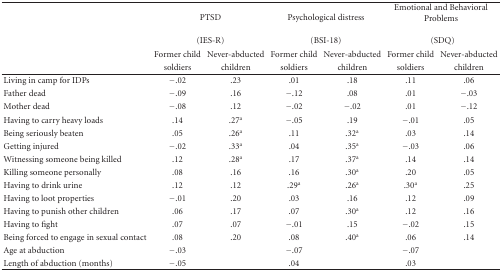
<table><thead><tr><td></td><td colspan="2"><b>PTSD</b></td><td colspan="2"><b>Psychological distress</b></td><td colspan="2"><b>Emotional and Behavioral Problems</b></td></tr><tr><td></td><td colspan="2"><b>(IES-R)</b></td><td colspan="2"><b>(BSI-18)</b></td><td colspan="2"><b>(SDQ)</b></td></tr><tr><td rowspan="2"></td><td><b>Former child</b></td><td><b>Never-abducted</b></td><td><b>Former child</b></td><td><b>Never-abducted</b></td><td><b>Former child</b></td><td><b>Never-abducted</b></td></tr><tr><td><b>soldiers</b></td><td><b>children</b></td><td><b>soldiers</b></td><td><b>children</b></td><td><b>soldiers</b></td><td><b>children</b></td></tr></thead><tbody><tr><td>Living in camp for IDPs</td><td>−.02</td><td>.23</td><td>.01</td><td>.18</td><td>.11</td><td>.06</td></tr><tr><td>Father dead</td><td>−.09</td><td>.16</td><td>−.12</td><td>.08</td><td>.01</td><td>−.03</td></tr><tr><td>Mother dead</td><td>−.08</td><td>.12</td><td>−.02</td><td>−.02</td><td>.01</td><td>−.12</td></tr><tr><td>Having to carry heavy loads</td><td>.14</td><td>.27<sup>a</sup></td><td>−.05</td><td>.19</td><td>−.01</td><td>.05</td></tr><tr><td>Being seriously beaten</td><td>.05</td><td>.26<sup>a</sup></td><td>.11</td><td>.32<sup>a</sup></td><td>.03</td><td>.14</td></tr><tr><td>Getting injured</td><td>−.02</td><td>.33<sup>a</sup></td><td>.04</td><td>.35<sup>a</sup></td><td>−.03</td><td>.06</td></tr><tr><td>Witnessing someone being killed</td><td>.12</td><td>.28<sup>a</sup></td><td>.17</td><td>.37<sup>a</sup></td><td>.14</td><td>.14</td></tr><tr><td>Killing someone personally</td><td>.08</td><td>.16</td><td>.16</td><td>.30<sup>a</sup></td><td>.20</td><td>.05</td></tr><tr><td>Having to drink urine</td><td>.12</td><td>.12</td><td>.29<sup>a</sup></td><td>.26<sup>a</sup></td><td>.30<sup>a</sup></td><td>.25</td></tr><tr><td>Having to loot properties</td><td>−.01</td><td>.20</td><td>.03</td><td>.16</td><td>.12</td><td>.09</td></tr><tr><td>Having to punish other children</td><td>.06</td><td>.17</td><td>.07</td><td>.30<sup>a</sup></td><td>.12</td><td>.16</td></tr><tr><td>Having to fight</td><td>.07</td><td>.07</td><td>−.01</td><td>.15</td><td>−.02</td><td>.15</td></tr><tr><td>Being forced to engage in sexual contact</td><td>.08</td><td>.20</td><td>.08</td><td>.40<sup>a</sup></td><td>.06</td><td>.14</td></tr><tr><td>Age at abduction</td><td>−.03</td><td></td><td>−.07</td><td></td><td>−.07</td><td></td></tr><tr><td>Length of abduction (months)</td><td>−.05</td><td></td><td>.04</td><td></td><td>.03</td><td></td></tr></tbody></table>